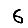
Digit: 6